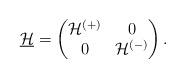
LaTeX: \begin{align*} \underline{\mathcal{H}}= \begin{pmatrix}\mathcal{H}^{(+)}&0\\0&\mathcal{H}^{(-)}\end{pmatrix}. \end{align*}